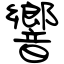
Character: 響